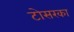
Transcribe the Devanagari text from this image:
टोसरका